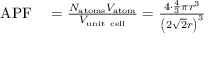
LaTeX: \begin{array} { r l } { \mathrm { A P F } } & { { } = { \frac { N _ { \mathrm { a t o m s } } V _ { \mathrm { a t o m } } } { V _ { \mathrm { u n i t ~ c e l l } } } } = { \frac { 4 \cdot { \frac { 4 } { 3 } } \pi r ^ { 3 } } { \left( { 2 { \sqrt { 2 } } r } \right) ^ { 3 } } } } \end{array}